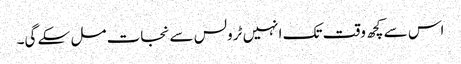
اس سے کچھ وقت تک انہیں ٹرولس سے نجات مل سکے گی۔